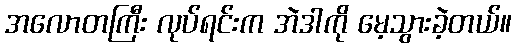
အလောတကြီး လုပ်ရင်းက အဲဒါကို မေ့သွားခဲ့တယ်။